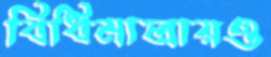
বিধিমালায়ও